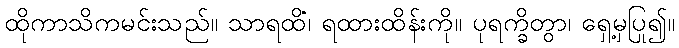
ထိုကာသိကမင်းသည်။ သာရထိံ၊ ရထားထိန်းကို။ ပုရက္ခိတွာ၊ ရှေ့မှပြု၍။